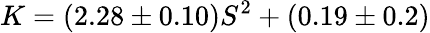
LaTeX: K=(2.28\pm 0.10)S^{2}+(0.19\pm 0.2)